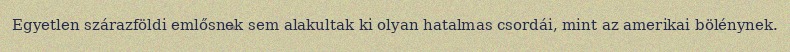
Egyetlen szárazföldi emlősnek sem alakultak ki olyan hatalmas csordái, mint az amerikai bölénynek.